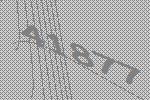
41877